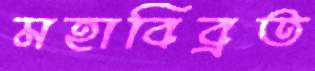
মহাবিব্রত